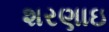
શરણાઇ